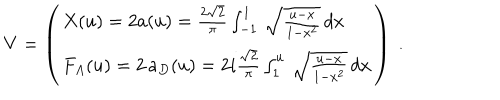
V = \left( \begin{array} { l } { { X ( u ) = 2 a ( u ) = \frac { 2 \sqrt { 2 } } { \pi } \int _ { - 1 } ^ { 1 } \, \sqrt { \frac { u - x } { 1 - x ^ { 2 } } } \, d x } } \\ { { F _ { A } ( u ) = 2 \, a _ { D } ( u ) = 2 i \frac { \sqrt { 2 } } { \pi } \int _ { 1 } ^ { u } \, \sqrt { \frac { u - x } { 1 - x ^ { 2 } } } \, d x } } \\ \end{array} \right) \ .